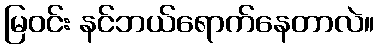
မြဝင်း နင်ဘယ်ရောက်နေတာလဲ။